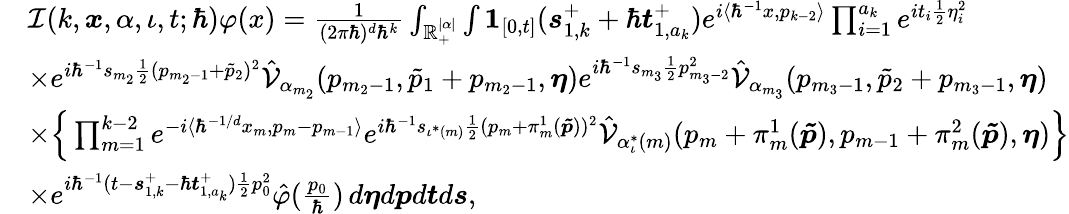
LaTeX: \begin{array}{rl}&{\mathcal{I}(k,\boldsymbol{x},\alpha,\iota,t;\hbar)\varphi(x)=\frac{1}{(2\pi\hbar)^{d}\hbar^{k}}\int_{\mathbb{R}_{+}^{|\alpha|}}\int\boldsymbol{1}_{[0,t]}(\boldsymbol{s}_{1,k}^{+}+\hbar\boldsymbol{t}_{1,a_{k}}^{+})e^{i\langle\hbar^{-1}x,p_{k-2}\rangle}\prod_{i=1}^{a_{k}}e^{it_{i}\frac{1}{2}\eta_{i}^{2}}}\\ &{\times e^{i\hbar^{-1}s_{m_{2}}\frac{1}{2}(p_{m_{2}-1}+\tilde{p}_{2})^{2}}\hat{\mathcal{V}}_{\alpha_{m_{2}}}(p_{m_{2}-1},\tilde{p}_{1}+p_{m_{2}-1},\boldsymbol{\eta})e^{i\hbar^{-1}s_{m_{3}}\frac{1}{2}p_{m_{3}-2}^{2}}\hat{\mathcal{V}}_{\alpha_{m_{3}}}(p_{m_{3}-1},\tilde{p}_{2}+p_{m_{3}-1},\boldsymbol{\eta})}\\ &{\times\Big\{ \prod_{m=1}^{k-2}e^{-i\langle\hbar^{-1/d}x_{m},p_{m}-p_{m-1}\rangle}e^{i\hbar^{-1}s_{\iota^{*}(m)}\frac{1}{2}(p_{m}+\pi_{m}^{1}(\boldsymbol{\tilde{p}}))^{2}}\hat{\mathcal{V}}_{\alpha_{\iota}^{*}(m)}(p_{m}+\pi_{m}^{1}(\boldsymbol{\tilde{p}}),p_{m-1}+\pi_{m}^{2}(\boldsymbol{\tilde{p}}),\boldsymbol{\eta})\Big\} }\\ &{\times e^{i\hbar^{-1}(t-\boldsymbol{s}_{1,k}^{+}-\hbar\boldsymbol{t}_{1,a_{k}}^{+})\frac{1}{2}p_{0}^{2}}\hat{\varphi}(\frac{p_{0}}{\hbar})\, d\boldsymbol{\eta}d\boldsymbol{p}d\boldsymbol{t}d\boldsymbol{s},}\end{array}